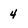
Character: 4